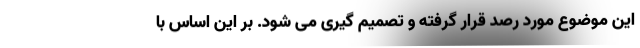
این موضوع مورد رصد قرار گرفته و تصمیم گیری می شود. بر این اساس با